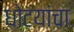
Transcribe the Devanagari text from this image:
धोटयांचा